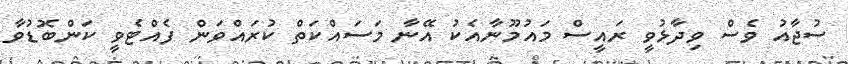
ސުޖާއު ވެސް ވިދާޅުވީ ރައީސް މައުމޫނާއެކު އޭނާ މަސައްކަތް ކުރައްވަން ފެއްޓެވީ ކަންބޮޑުވާ